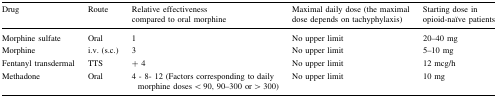
<table><thead><tr><td><b>Drug</b></td><td><b>Route</b></td><td><b>Relative effectiveness compared to oral morphine</b></td><td><b>Maximal daily dose (the maximal dose depends on tachyphylaxis)</b></td><td><b>Starting dose in opioid-naïve patients</b></td></tr></thead><tbody><tr><td>Morphine sulfate</td><td>Oral</td><td>1</td><td>No upper limit</td><td>20–40 mg</td></tr><tr><td>Morphine</td><td>i.v. (s.c.)</td><td>3</td><td>No upper limit</td><td>5–10 mg</td></tr><tr><td>Fentanyl transdermal</td><td>TTS</td><td>+ 4</td><td>No upper limit</td><td>12 mcg/h</td></tr><tr><td>Methadone</td><td>Oral</td><td>4 - 8- 12 (Factors corresponding to daily morphine doses &lt; 90, 90–300 or &gt; 300)</td><td>No upper limit</td><td>10 mg</td></tr></tbody></table>